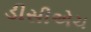
ડીસીએચ